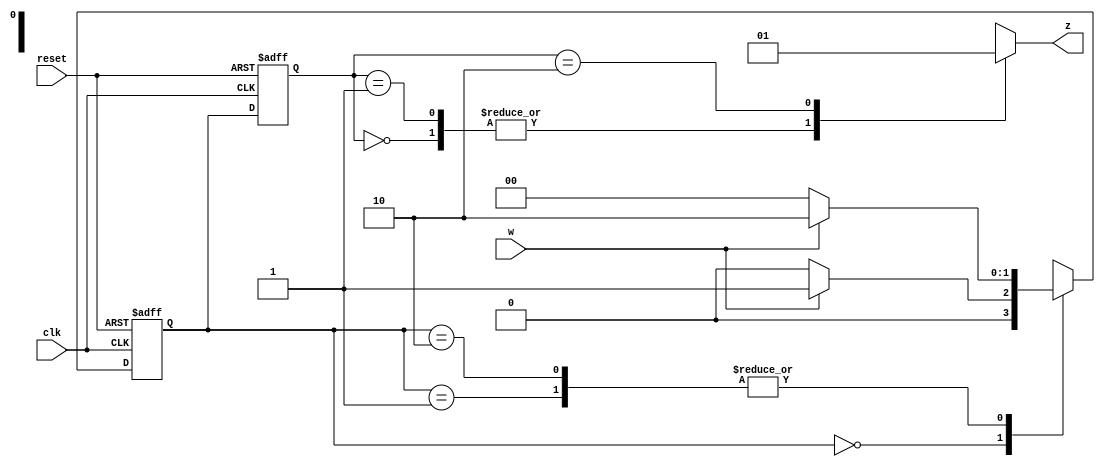
module moore_fsm(w, clk, reset, z);

	input w, clk, reset;
	output reg z;
	
	reg [1:0] present_state, next_state;
	
	parameter A = 2'b00, B = 2'b01, C = 2'b10;
	
	// state transition logic
	always @(posedge clk, posedge reset)
	begin
		if (reset == 1)
		begin
			present_state = A;
			next_state = A;
		end
		else
		begin
			present_state = next_state;
			// next state estimation logic
			case(present_state)
				A:
				if (w == 0)
					next_state = A;
				else
					next_state = B;
				B:
				if (w == 0)
					next_state = A;
				else
					next_state = C;
				C:
				if (w == 0)
					next_state = A;
				else
					next_state = C;
				default: next_state = 2'bxx;
			endcase
		end
	end
	
	// output estimation logic
	always@(*)
	begin
		case(present_state)
			A: z = 0;
			B: z = 0;
			C: z = 1;
			default: z = 1'bx;
		endcase
	end
endmodule